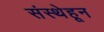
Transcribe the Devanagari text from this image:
संस्थेहून